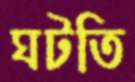
ঘটতি